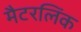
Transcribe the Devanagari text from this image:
मैटरलिंक